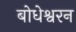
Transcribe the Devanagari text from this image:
बोधेश्वरन